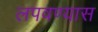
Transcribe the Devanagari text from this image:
लपवण्यास